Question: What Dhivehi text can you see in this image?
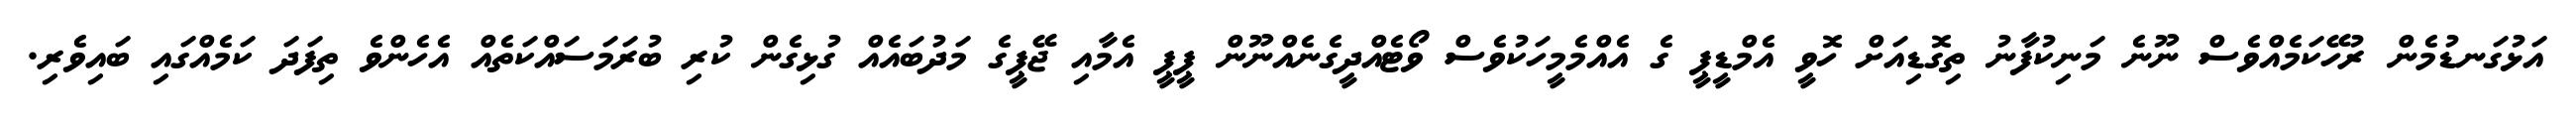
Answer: އަޅުގަނޑުމެން ރުހޭކަމެއްވެސް ނޫނެ މަނިކުފާނު ތިގޮޑިއަށް ހޮވީ އެމްޑީޕީ ގެ އެއްމެމީހަކުވެސް ވޯޓެއްދީގެނެއްނޫން ޕީޕީ އެމާއި ޖޭޕީގެ މަދުބައެއް ގުޅިގެން ކުރި ބުރަމަސައްކަތެއް އެހެންވެ ތިފަދަ ކަމެއްގައި ބައިވެރި.